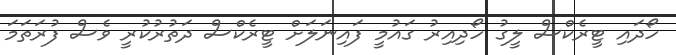
ހޯދައި ޓީރެކްސް ލީގު ހޯދިއިރު ގައުމީ ފައިނަލަށް ޓީރެކްސް ދަތުރުކުރީ ވެސް ފުރަތަމަ